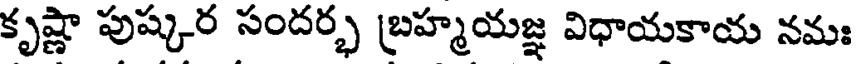
కృష్ణా పుష్కర సందర్భ బ్రహ్మయజ్ఞ విధాయకాయ నమః